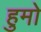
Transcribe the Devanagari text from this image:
हुमो